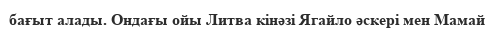
бағыт алады. Ондағы ойы Литва кінәзі Ягайло әскері мен Мамай